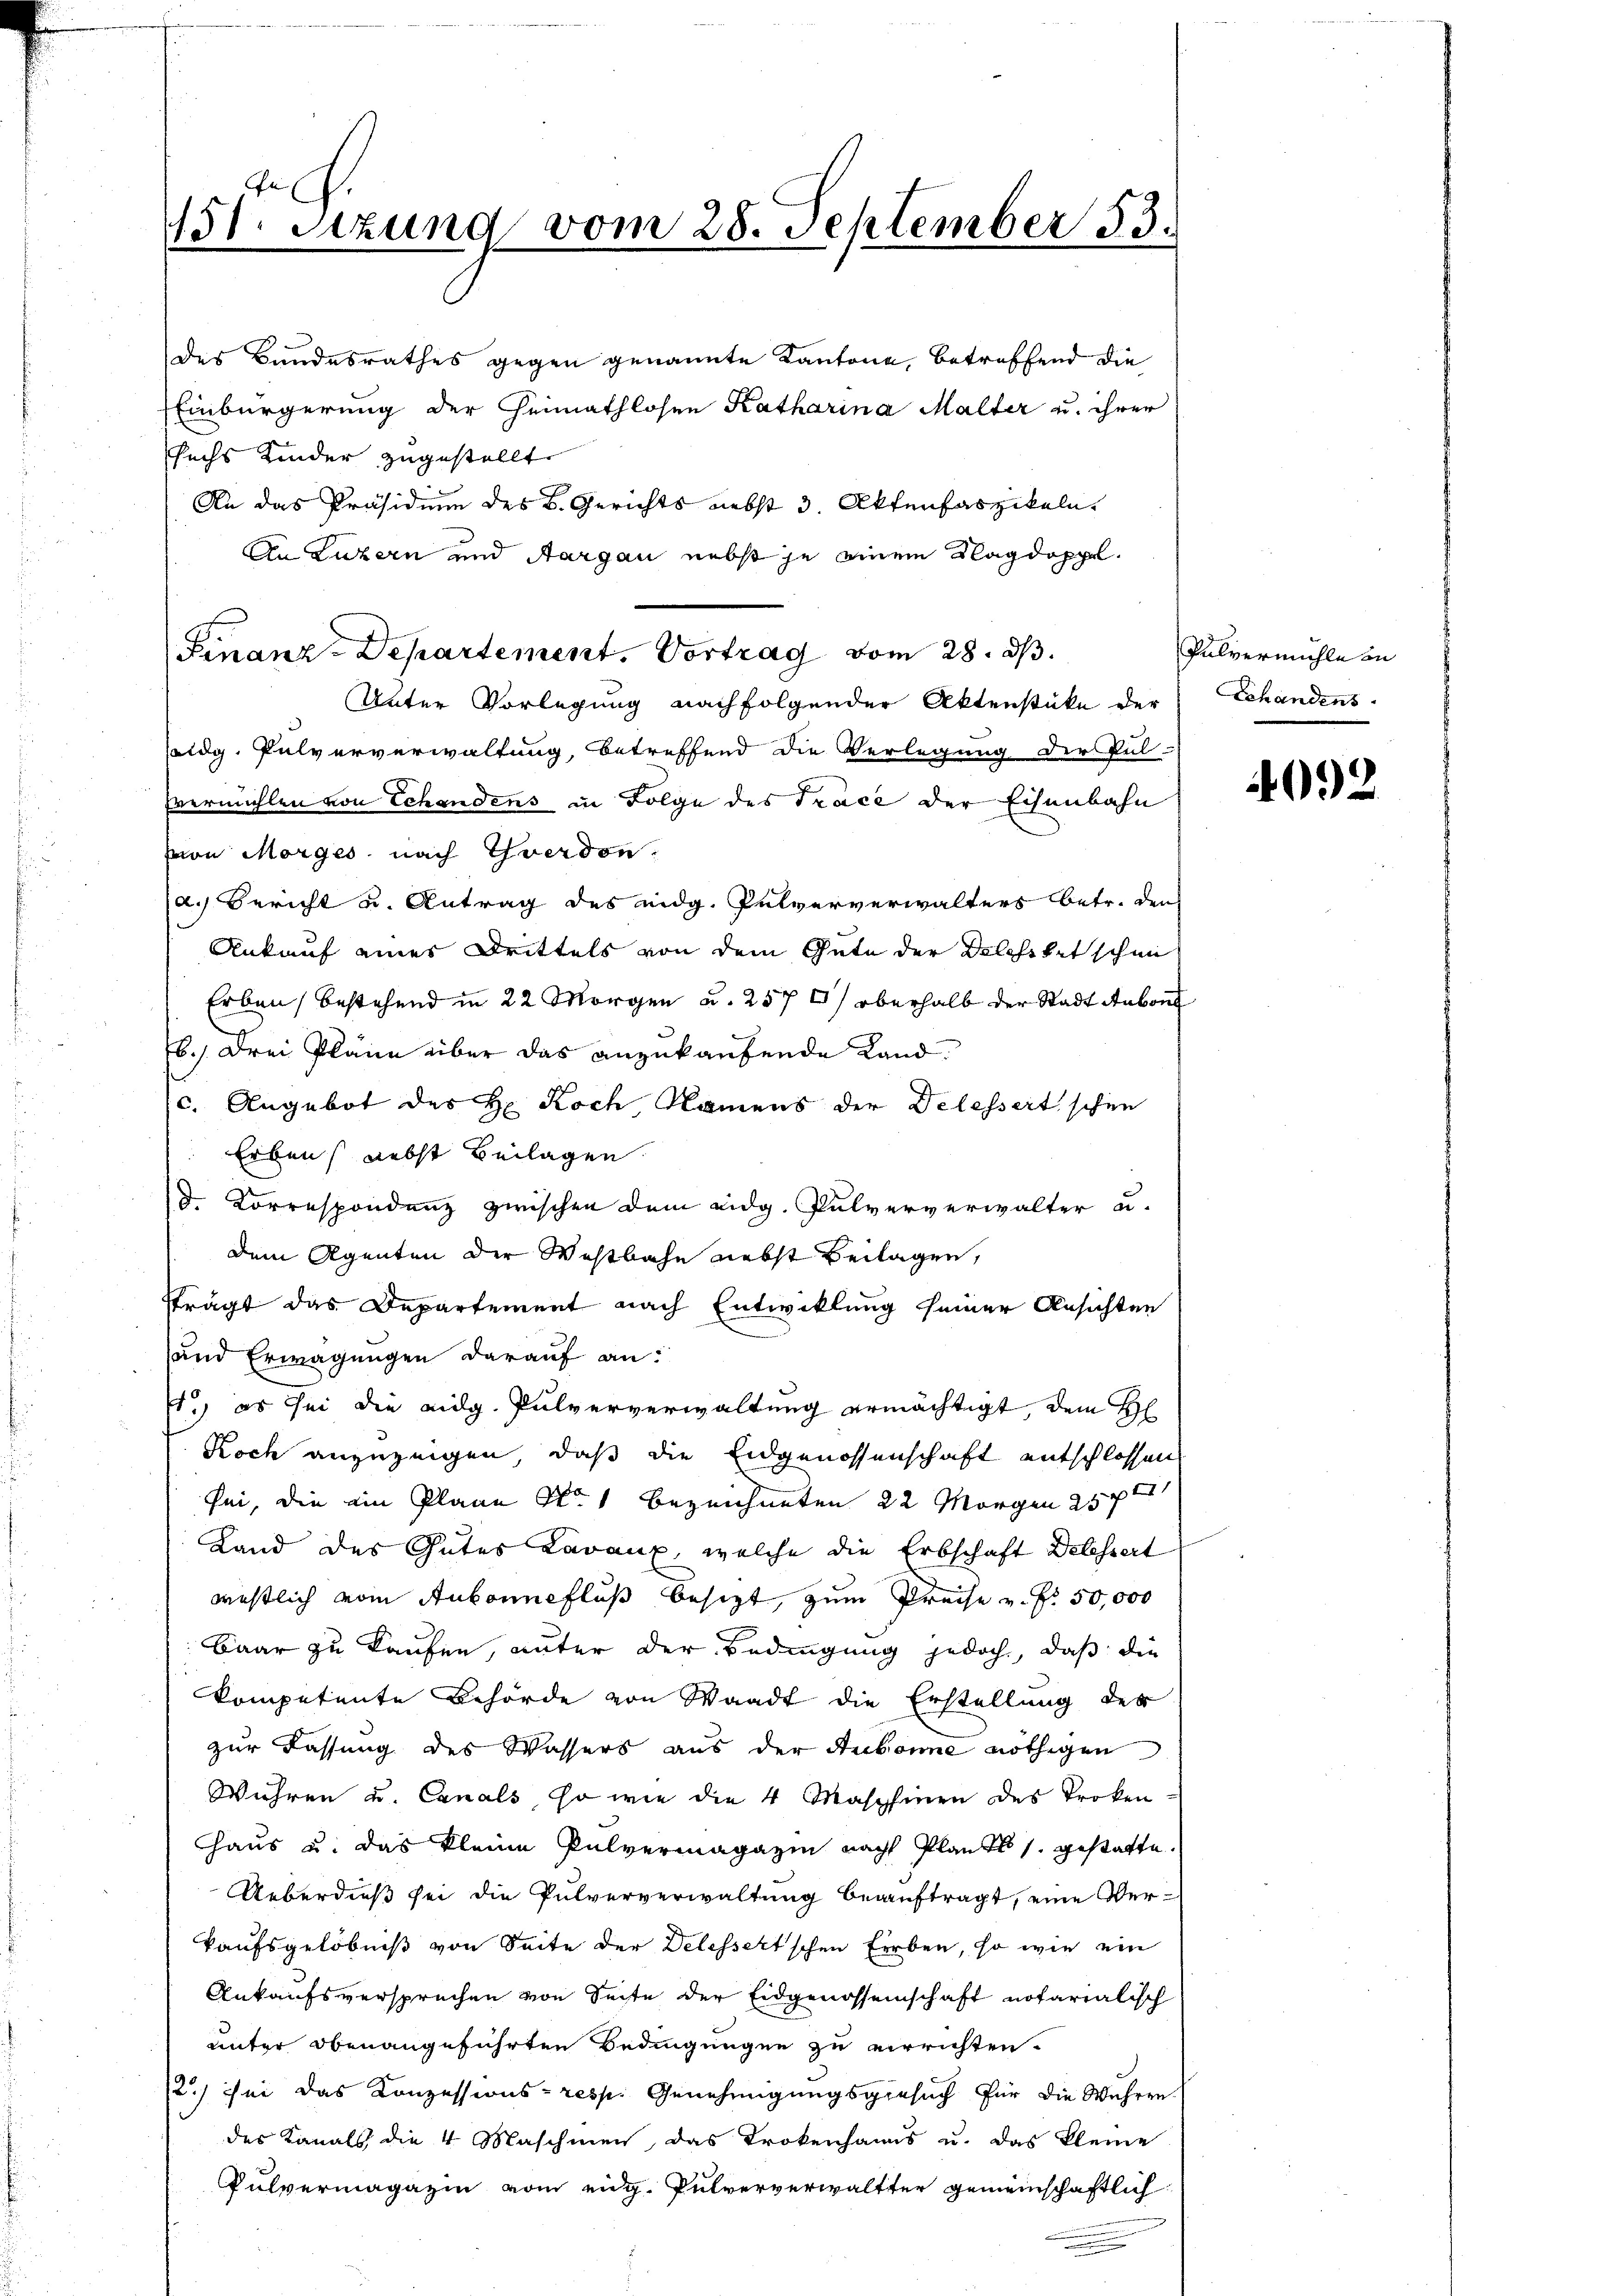
1131. Sitzung vom 28. September 53.

des Bundesrathes gegen genannte Kantone, betreffend die
Einbürgerung der Heimathlosen Katharina Malter u. ihrer
sechs Kinder zugestellt
An das Präsidium des B. Gerichts nebst 3 Aktenhaszikeln
An Luzern und Aargau nebst je einem Nagdoppel
Unter Vorlegung nachfolgender Aktenstüke der
suldg. Pulververwaltung, betreffend die Verlegung der Pul-
vermahlen von Schandens in Folge des Trace der Eisenbahn
von Morges, nach Zverdon
a.) Bericht u. Antrag des eidg. Pulververwalters betr. den
Ankauf eines Drittels von dem Gute der Delchiketschen
Erben bestehend in 22 Morgen u. 257 2 oberhalb der Stadt Aubon
76. Drei Pläne über das anzukaufende Landc. Angebot des H. Koch Namens der Delesseitschen
Erben nebst Beilagen
d. Korrespondenz zwischen dem eidg. Pulververwalter u.
dem Agenten der Westbahn nebst Beilagen,
frägt das Departement nach Entwicklung seiner Ansichten
und Erwägungen darauf an:
s.) es sei die eidg. Pulververwaltung ermächtigt dem H
Koch anzuzeigen, daß die Eidgenossenschaft entschlossen
sei, die ein Plane No. 1 bezeichneten 22 Morgen 25ten
Land des Gutes Kavaux, welche die Erbschaft Delessert
westlich vom Ankonntfluß besizt, zum Preise v. Fr. 50,000
Baar zu kaufen, unter der Bedingung jedoch, daß die
kompetente Behörde von Waadt die Erstellung des
zur Fassung des Wassers aus der Aubonne nöthigen
Wühren u. Canals, so wie die 4 Maschinen des troken¬
Haus u. das kleine Pulvermagazin nach Plante s. gestatte.
Ueberdieß sei die Pulververwaltung beauftragt, eine Verkaufsgelöbniß von Seite der Delesseltschen Erben, so wie ein
Ankaufsversprechen von Seite der Eidgenossenschaft notarialisch
unter obenangeführten Bedingungen zu verrichten.
2.) sei das Konzessions- resp. Genehmigungsgesuch für die Wahren.
des Kanals die 4 Maschinen, das Trokenhans u. das kleine
Pulvermagazin vom eidg. Pulververwaltter gemeinschaftlich

Finanz-Departement. Vortrag vom 28. ds.

Pulvermühle in
Schandens

4092